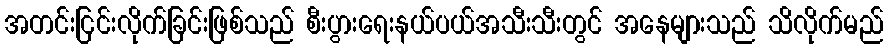
အတင်းငြင်းလိုက်ခြင်းဖြစ်သည် စီးပွားရေးနယ်ပယ်အသီးသီးတွင် အနေများသည် သိလိုက်မည်